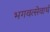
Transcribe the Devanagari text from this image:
भगवत्सेवार्थ